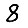
Digit: 8